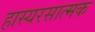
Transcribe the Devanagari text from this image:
हास्यरसात्मक